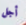
أجل